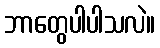
ဘာတွေပါပါသလဲ။